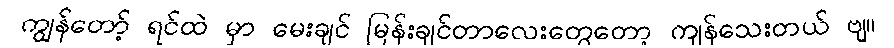
ကျွန်တော့် ရင်ထဲ မှာ မေးချင် မြန်းချင်တာလေးတွေတော့ ကျန်သေးတယ် ဗျ။